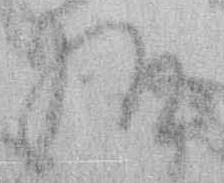
様